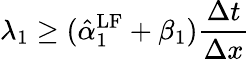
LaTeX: \lambda_{1}\geq(\hat{\alpha}_{1}^{\mathrm{{LF}}}+\beta_{1})\frac{\Delta t}{\Delta x}